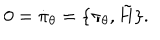
0 = \dot { \pi } _ { \theta } = \lbrace \pi _ { \theta } , \tilde { H } \rbrace .